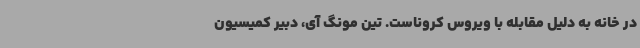
در خانه به دلیل مقابله با ویروس کروناست. تین مونگ آی، دبیر کمیسیون